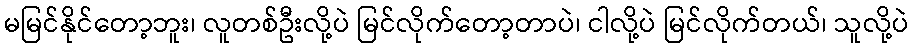
မမြင်နိုင်တော့ဘူး၊ လူတစ်ဦးလို့ပဲ မြင်လိုက်တော့တာပဲ၊ ငါလို့ပဲ မြင်လိုက်တယ်၊ သူလို့ပဲ